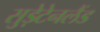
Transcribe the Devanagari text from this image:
सुड़ेटेनलैंड